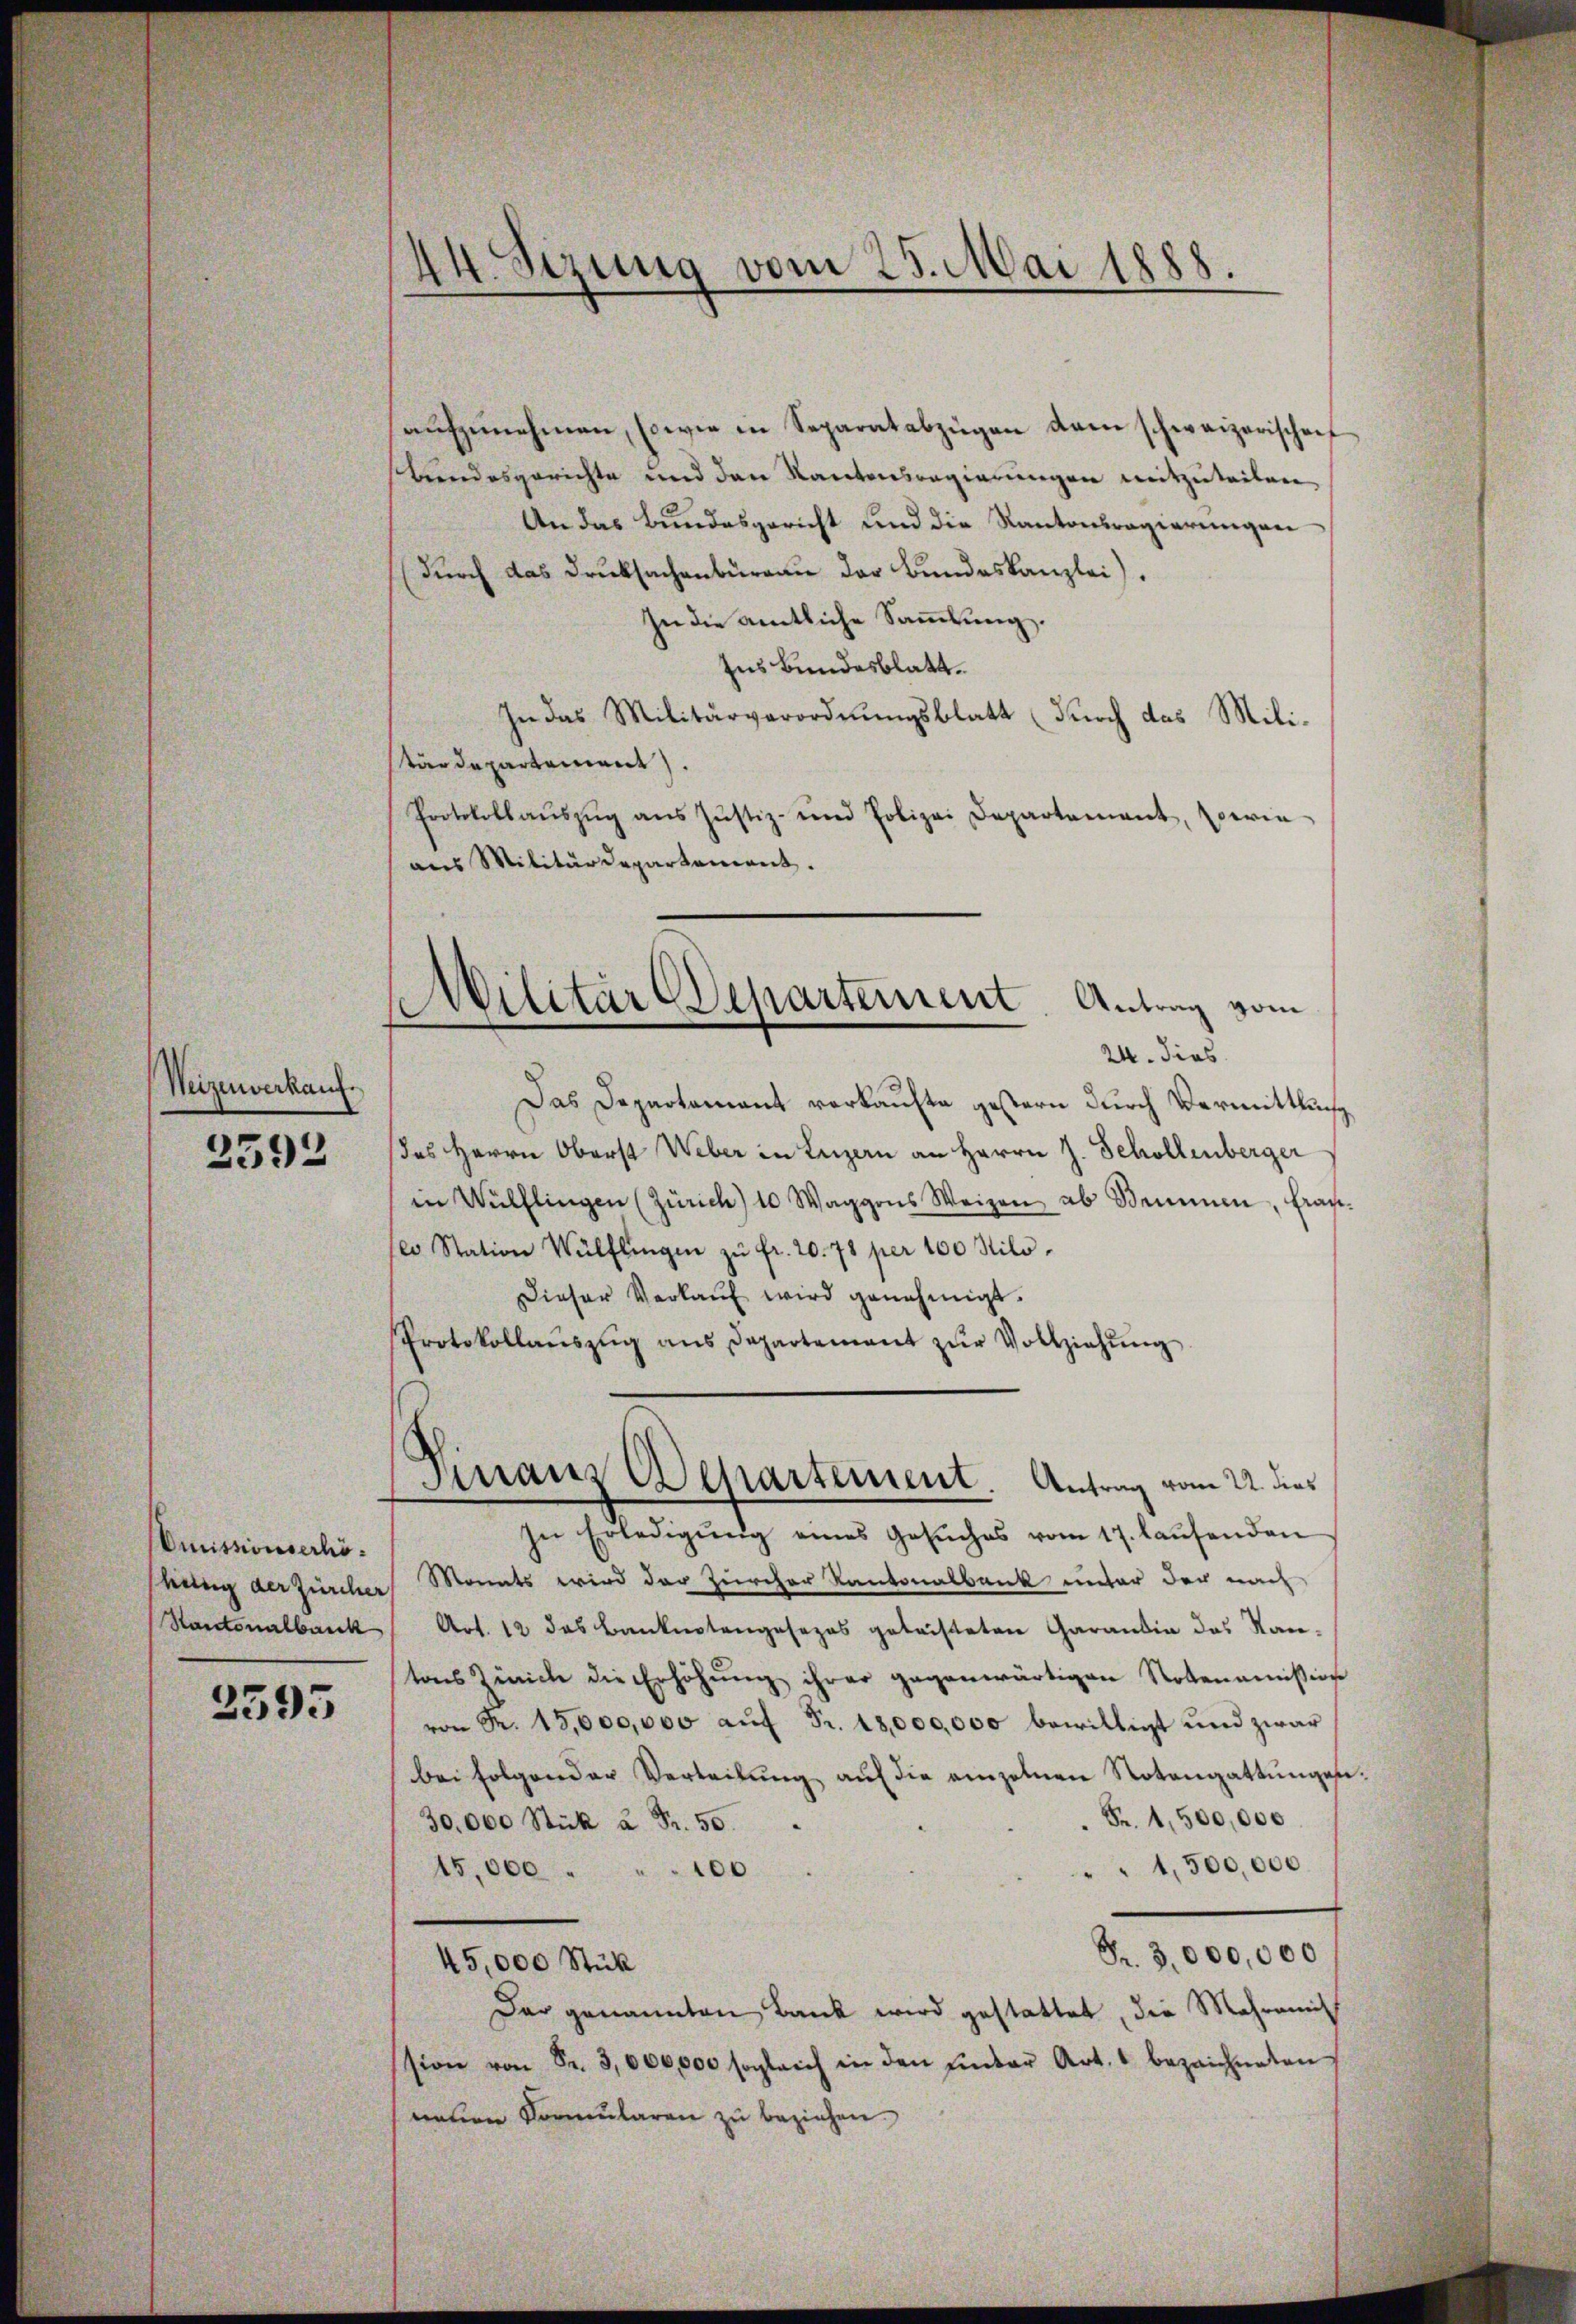
Weizenverkauf

2592

Omissionserhöheinig der Zürcher
Rantonalbank

2595

aŭfzŭnehmen, sowie in Separatabzügen dem schweizerischenf
Bundesgerichte und den Kantonsregierungen mitzuteilen,
An das Bundesgericht und die Kantonsregierungen
(durch das Drucksachenburgau der Bundeskanzlei.
In die amtliche Sammlung.
Ins Bundesblatt.
hn das Militärverordnungsblatt (durch das Milistärdepartement.
Protokollaŭszŭg ans Jŭstiz- und Polizei Departement, perin
aus Militärdepartement.
Militär Departement. Antrag vom
24. dies
Das Departement verkaufte gestern durch Vermittlung
des Herrn Oberst Weber in Luzern an Herrn J. Schollenberger
in Wülflingen (Zürich) 10 Waggons Weizen ab Semmen, Frau
100 Station Wülflingen zŭ fr. 20. 71 per 100 Kilo¬
Dieser Verkaŭf wird genehmigt.
Protokollaŭszŭg ans Departement zŭr Vollziehŭng

44. Sezung vom 25. Mai 1888

Finanz Departement. Antrag vom 2. dies

In Erledigŭng eines Gesŭches vom 17. laŭfenden
Monats wird der Zürcher Kantonalbank unter der nach
Art. 12 das Banknotengesezes geleisteten Garantin des Stan-
tons Zürich die Erhöhŭng ihrer gegenwärtigen Notenamission
von R. 15,000,000 auf Fr. 18,000,000 bewilligt und zwar
bei folgender Verteilung auf die einzelnen Notengattungen.
Fr. 1,500,000
30,000 Stück à Fr. 50.
1,500,000
15,000 . " " 100
Fr. 3,000,000
45,000 Stück
Dar genannten Bank wird gestattet, die Mehrami
ssion von Fr. 3000,000 sogleich in den finder Art. 1 bezeichneten
neuen Vormularen zŭ beziehen.